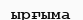
ырғыма